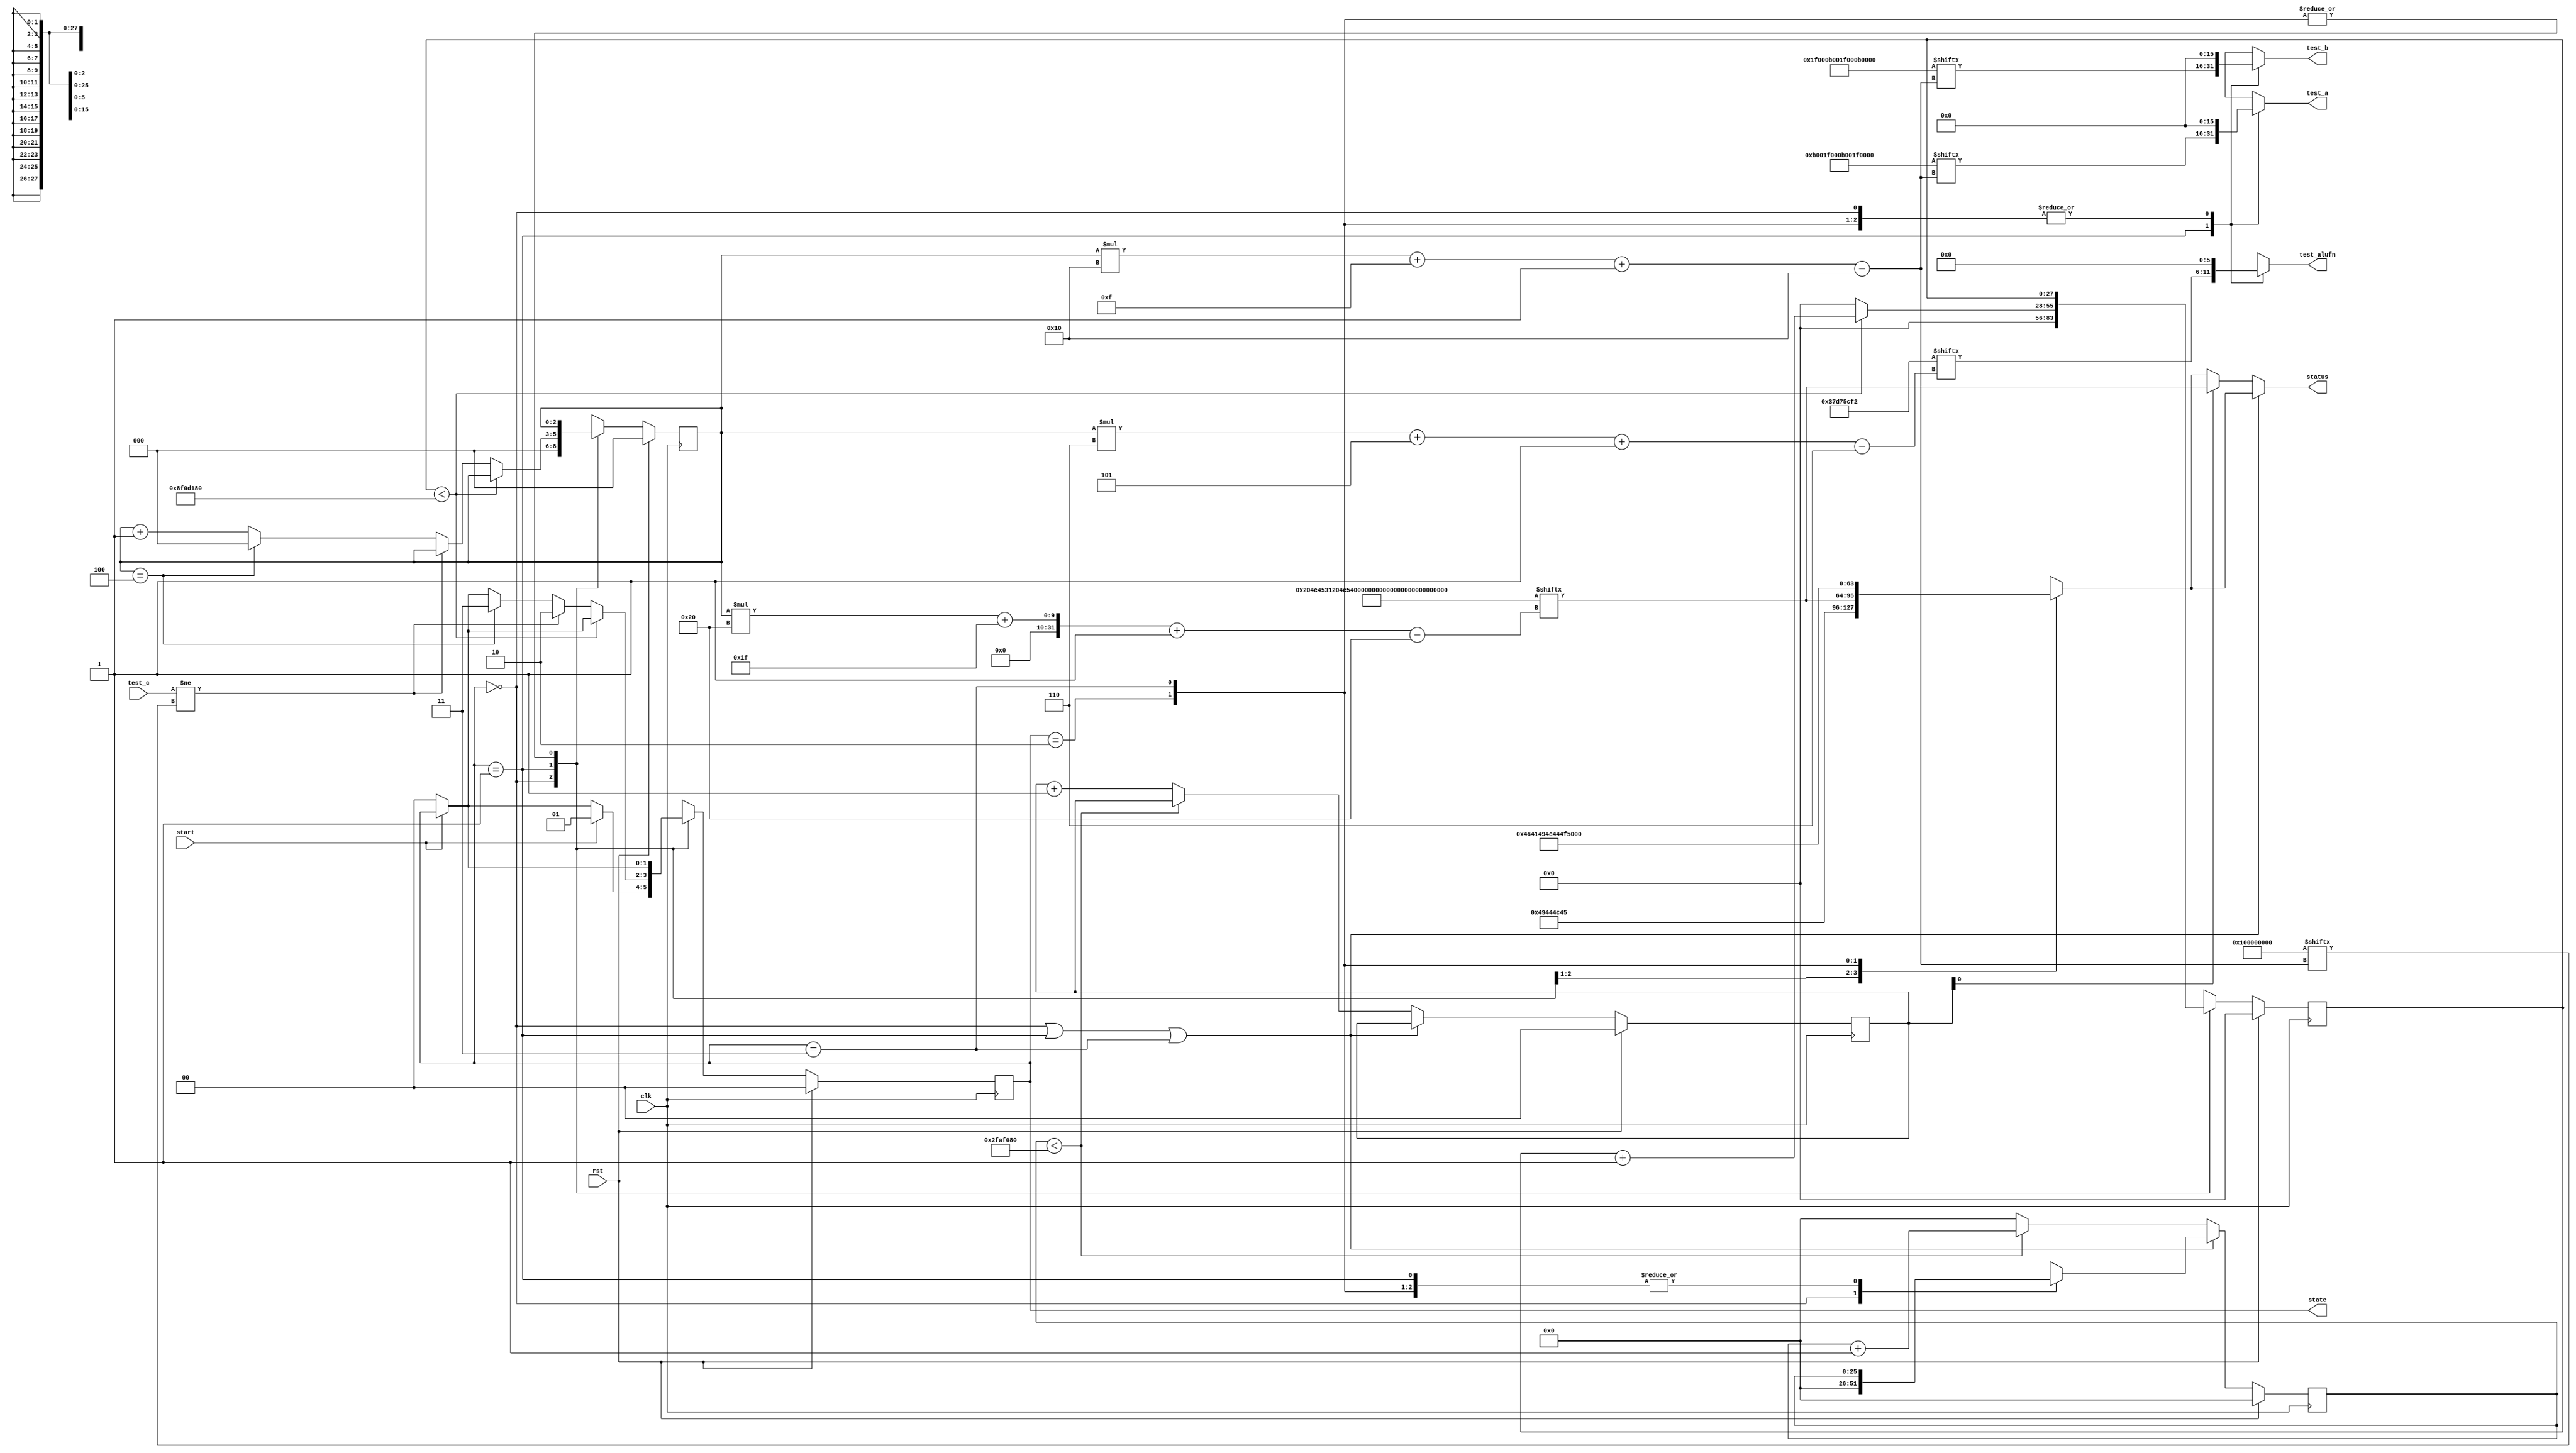
module basic_tester_12 (
    input clk,
    input rst,
    input start,
    input [15:0] test_c,
    output reg [15:0] test_a,
    output reg [15:0] test_b,
    output reg [5:0] test_alufn,
    output reg [1:0] state,
    output reg [31:0] status
  );
  
  localparam NUM_TEST_CASES = 3'h5;
  localparam TEST_NAME = 160'h204c4531204c5432204c54312045513220455131;
  localparam TEST_A = 80'h000b001f000b001f000b;
  localparam TEST_B = 80'h001f000b001f000b001f;
  localparam TEST_ALUFN = 30'h37d75cf2;
  localparam TEST_C = 80'h00000000000100000000;
  localparam BYPASS_FAIL = 1'h0;
  localparam NUM_TEST_SECS = 2'h3;
  localparam NUM_FAIL_SECS = 1'h1;
  localparam NUM_FAIL_BLINKS = 2'h2;
  
  
  localparam NUM_TEST_TIMER_CYCLES = 28'h8f0d180;
  
  localparam NUM_FAIL_TIMER_CYCLES = 26'h2faf080;
  
  reg [31:0] next_status;
  
  reg [27:0] M_display_test_timer_d, M_display_test_timer_q = 1'h0;
  reg [25:0] M_display_fail_timer_d, M_display_fail_timer_q = 1'h0;
  reg [1:0] M_fail_blink_ctr_d, M_fail_blink_ctr_q = 1'h0;
  reg [2:0] M_tester_ctr_d, M_tester_ctr_q = 1'h0;
  localparam IDLE_tester_state = 2'd0;
  localparam TEST_tester_state = 2'd1;
  localparam FAIL_tester_state = 2'd2;
  localparam DONE_tester_state = 2'd3;
  
  reg [1:0] M_tester_state_d, M_tester_state_q = IDLE_tester_state;
  
  always @* begin
    M_tester_state_d = M_tester_state_q;
    M_display_fail_timer_d = M_display_fail_timer_q;
    M_display_test_timer_d = M_display_test_timer_q;
    M_fail_blink_ctr_d = M_fail_blink_ctr_q;
    M_tester_ctr_d = M_tester_ctr_q;
    
    status = 32'h00000000;
    test_a = 1'h0;
    test_b = 1'h0;
    test_alufn = 1'h0;
    if (!start) begin
      M_tester_state_d = IDLE_tester_state;
    end
    state = M_tester_state_q;
    next_status = 32'h4e554c4c;
    
    case (M_tester_state_q)
      IDLE_tester_state: begin
        M_display_test_timer_d = 1'h0;
        M_display_fail_timer_d = 1'h0;
        M_tester_ctr_d = 1'h0;
        next_status = 32'h49444c45;
        if (start) begin
          M_tester_state_d = TEST_tester_state;
        end
      end
      TEST_tester_state: begin
        next_status = TEST_NAME[(M_tester_ctr_q)*32+31-:32];
        test_a = TEST_A[(M_tester_ctr_q)*16+15-:16];
        test_b = TEST_B[(M_tester_ctr_q)*16+15-:16];
        test_alufn = TEST_ALUFN[(M_tester_ctr_q)*6+5-:6];
        if (M_display_test_timer_q < 28'h8f0d180) begin
          M_display_test_timer_d = M_display_test_timer_q + 1'h1;
        end else begin
          M_display_test_timer_d = 1'h0;
          if (test_c != TEST_C[(M_tester_ctr_q)*16+15-:16]) begin
            M_tester_state_d = FAIL_tester_state;
          end else begin
            if (M_tester_ctr_q == 4'h4) begin
              M_tester_state_d = DONE_tester_state;
              M_tester_ctr_d = 1'h0;
            end else begin
              M_tester_ctr_d = M_tester_ctr_q + 1'h1;
            end
          end
        end
      end
      FAIL_tester_state: begin
        next_status = 32'h4641494c;
      end
      DONE_tester_state: begin
        next_status = 32'h444f4e45;
      end
    endcase
    if (M_tester_state_q == IDLE_tester_state | M_tester_state_q == TEST_tester_state | M_tester_state_q == DONE_tester_state) begin
      status = next_status;
    end else begin
      if (~M_fail_blink_ctr_q[0+0-:1]) begin
        status = next_status;
      end else begin
        status = TEST_NAME[(M_tester_ctr_q)*32+31-:32];
      end
      if (M_display_fail_timer_q < 26'h2faf080) begin
        M_display_fail_timer_d = M_display_fail_timer_q + 1'h1;
      end else begin
        M_display_fail_timer_d = 1'h0;
        if (1'h1) begin
          M_fail_blink_ctr_d = M_fail_blink_ctr_q + 1'h1;
        end else begin
          if (M_fail_blink_ctr_q < 5'h03) begin
            M_fail_blink_ctr_d = M_fail_blink_ctr_q + 1'h1;
          end else begin
            M_fail_blink_ctr_d = 1'h0;
            if (M_tester_ctr_q < 4'h4) begin
              M_tester_state_d = TEST_tester_state;
              M_tester_ctr_d = M_tester_ctr_q + 1'h1;
            end else begin
              M_tester_state_d = DONE_tester_state;
              M_tester_ctr_d = 1'h0;
            end
          end
        end
      end
    end
  end
  
  always @(posedge clk) begin
    if (rst == 1'b1) begin
      M_display_test_timer_q <= 1'h0;
      M_display_fail_timer_q <= 1'h0;
      M_fail_blink_ctr_q <= 1'h0;
      M_tester_ctr_q <= 1'h0;
      M_tester_state_q <= 1'h0;
    end else begin
      M_display_test_timer_q <= M_display_test_timer_d;
      M_display_fail_timer_q <= M_display_fail_timer_d;
      M_fail_blink_ctr_q <= M_fail_blink_ctr_d;
      M_tester_ctr_q <= M_tester_ctr_d;
      M_tester_state_q <= M_tester_state_d;
    end
  end
  
endmodule